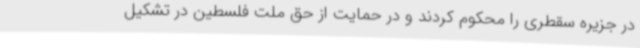
در جزیره سقطری را محکوم کردند و در حمایت از حق ملت فلسطین در تشکیل